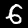
Label: 6